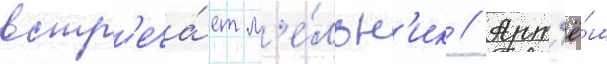
встр'еча́ет м'е́льн'ик // Арт'ё́м